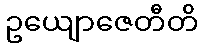
ဥယျောဇေတီတိ